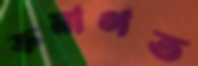
ক্রমাগত